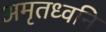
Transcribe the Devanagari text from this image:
अमृतध्वनि